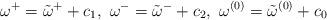
LaTeX: \begin{align*}\omega^+=\tilde{\omega}^++c_1,\,\,\omega^-=\tilde{\omega}^-+c_2,\,\,\omega^{(0)}=\tilde{\omega}^{(0)}+c_0\end{align*}